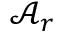
\mathcal { A } _ { \boldsymbol { r } }